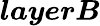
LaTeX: \boldsymbol{layerB}